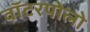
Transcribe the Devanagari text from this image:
वॉटरपोलो